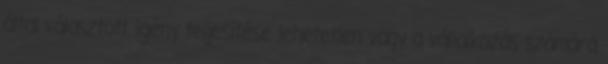
által választott igény teljesítése lehetetlen vagy a vállalkozás számára